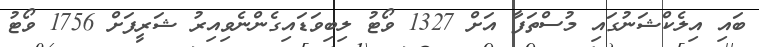
ބައި އިލެކްޝަނުގައި މުސްތަފާ އަށް 1327 ވޯޓު ލިބިވަޑައިގެންނެވިއިރު ޝަރީފަށް 1756 ވޯޓު